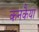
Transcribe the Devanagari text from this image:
कनकैया